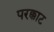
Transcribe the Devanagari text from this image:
परक्काट